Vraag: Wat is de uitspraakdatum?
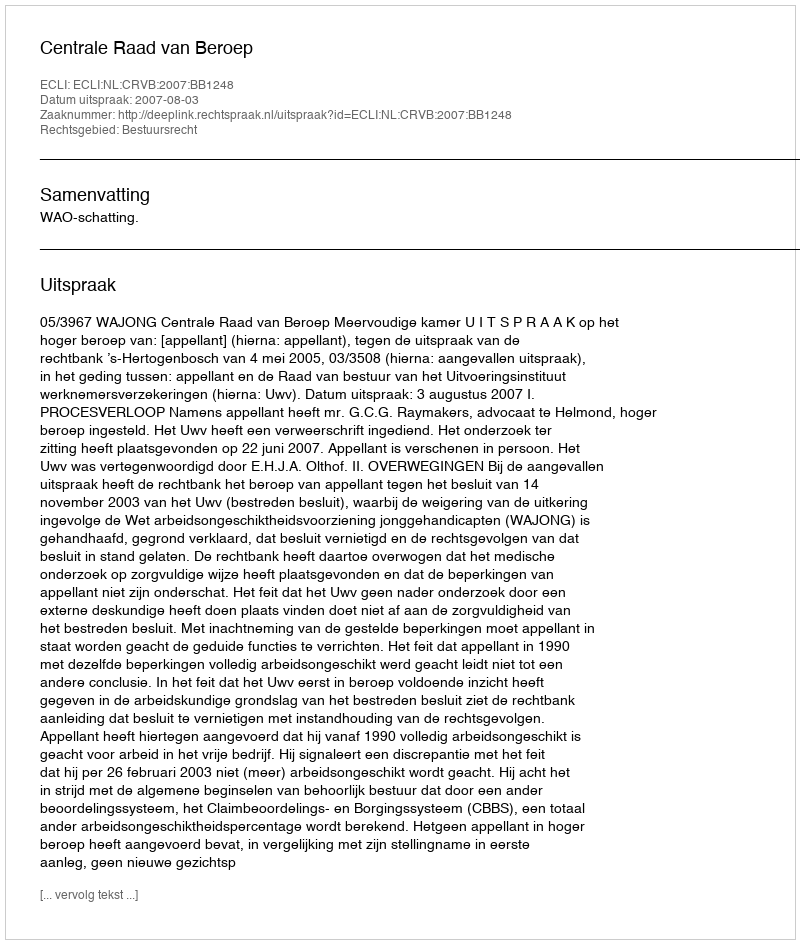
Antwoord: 2007-08-03